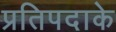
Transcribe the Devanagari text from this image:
प्रतिपदाके